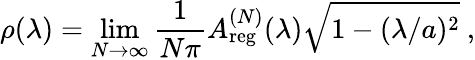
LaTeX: \rho(\lambda)=\operatorname*{lim}_{N\to\infty}\frac{1}{N\pi}A_{\mathrm{reg}}^{(N)}(\lambda)\sqrt{1-(\lambda/a)^{2}}\ ,